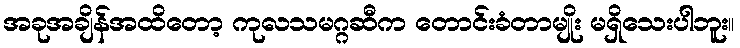
အခုအချိန်အထိတော့ ကုလသမဂ္ဂဆီက တောင်းခံတာမျိုး မရှိသေးပါဘူး။